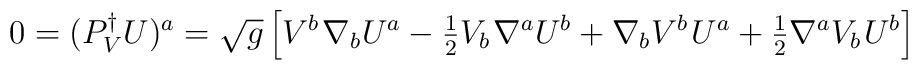
0 = (P_V^{\dagger} U)^a=\sqrt g\left[ {V^b\kern 1pt\nabla _bU^a-{\textstyle{1 \over 2}}V_b\kern 1pt\nabla ^aU^b+\nabla _bV^b\kern 1ptU^a+{\textstyle{1 \over 2}}\nabla ^aV_b\kern 1ptU^b} \right]